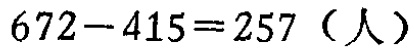
\(672 - 415 = 257\)（人）